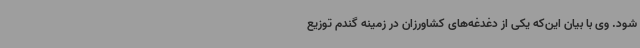
شود. وی با بیان این‌که یکی از دغدغه‌های کشاورزان در زمینه گندم توزیع